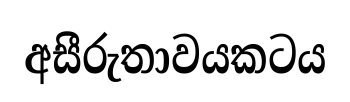
අසීරුතාවයකටය